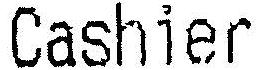
CASHIER